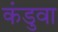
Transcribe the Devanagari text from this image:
कंडुवा